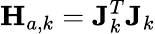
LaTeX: \mathbf{H}_{a,k}=\mathbf{J}_{k}^{T}\mathbf{J}_{k}